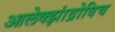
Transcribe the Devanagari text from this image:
आलेक्झांद्रोविच